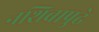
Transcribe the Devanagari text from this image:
नशिबापुढे